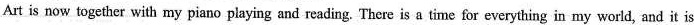
Art is now together with my piano playing and reading. There is a time for everything in my world, and it is